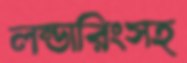
লন্ডারিংসহ